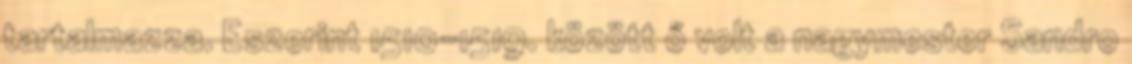
tartalmazza. E­sze­rint 1510-1519. között ő volt a nagymester Sandro